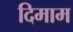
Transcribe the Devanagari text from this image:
दिमाम